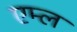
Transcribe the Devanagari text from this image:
एम्ल